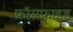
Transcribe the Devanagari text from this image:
फ़ॉसफ़ाइड